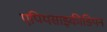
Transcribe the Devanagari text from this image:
एपियसाइकीडियन